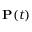
\mathbf { P } ( t )